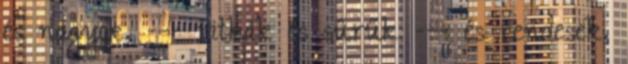
és nagyok, --- ritkák és sűrűk --- és rendesek,